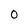
Character: O